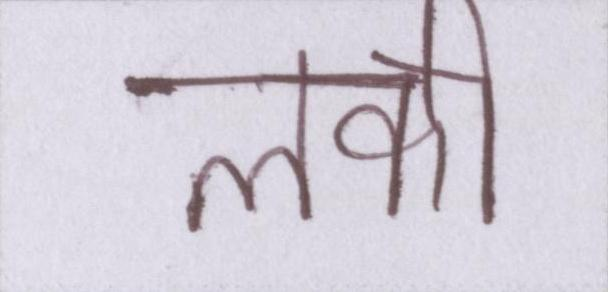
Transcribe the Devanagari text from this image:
लकी